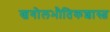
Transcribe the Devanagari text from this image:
खगोलभौतिकशास्त्र